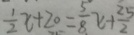
\frac { 1 } { 2 } x + 2 0 = \frac { 5 } { 8 } x + \frac { 2 5 } { 2 }